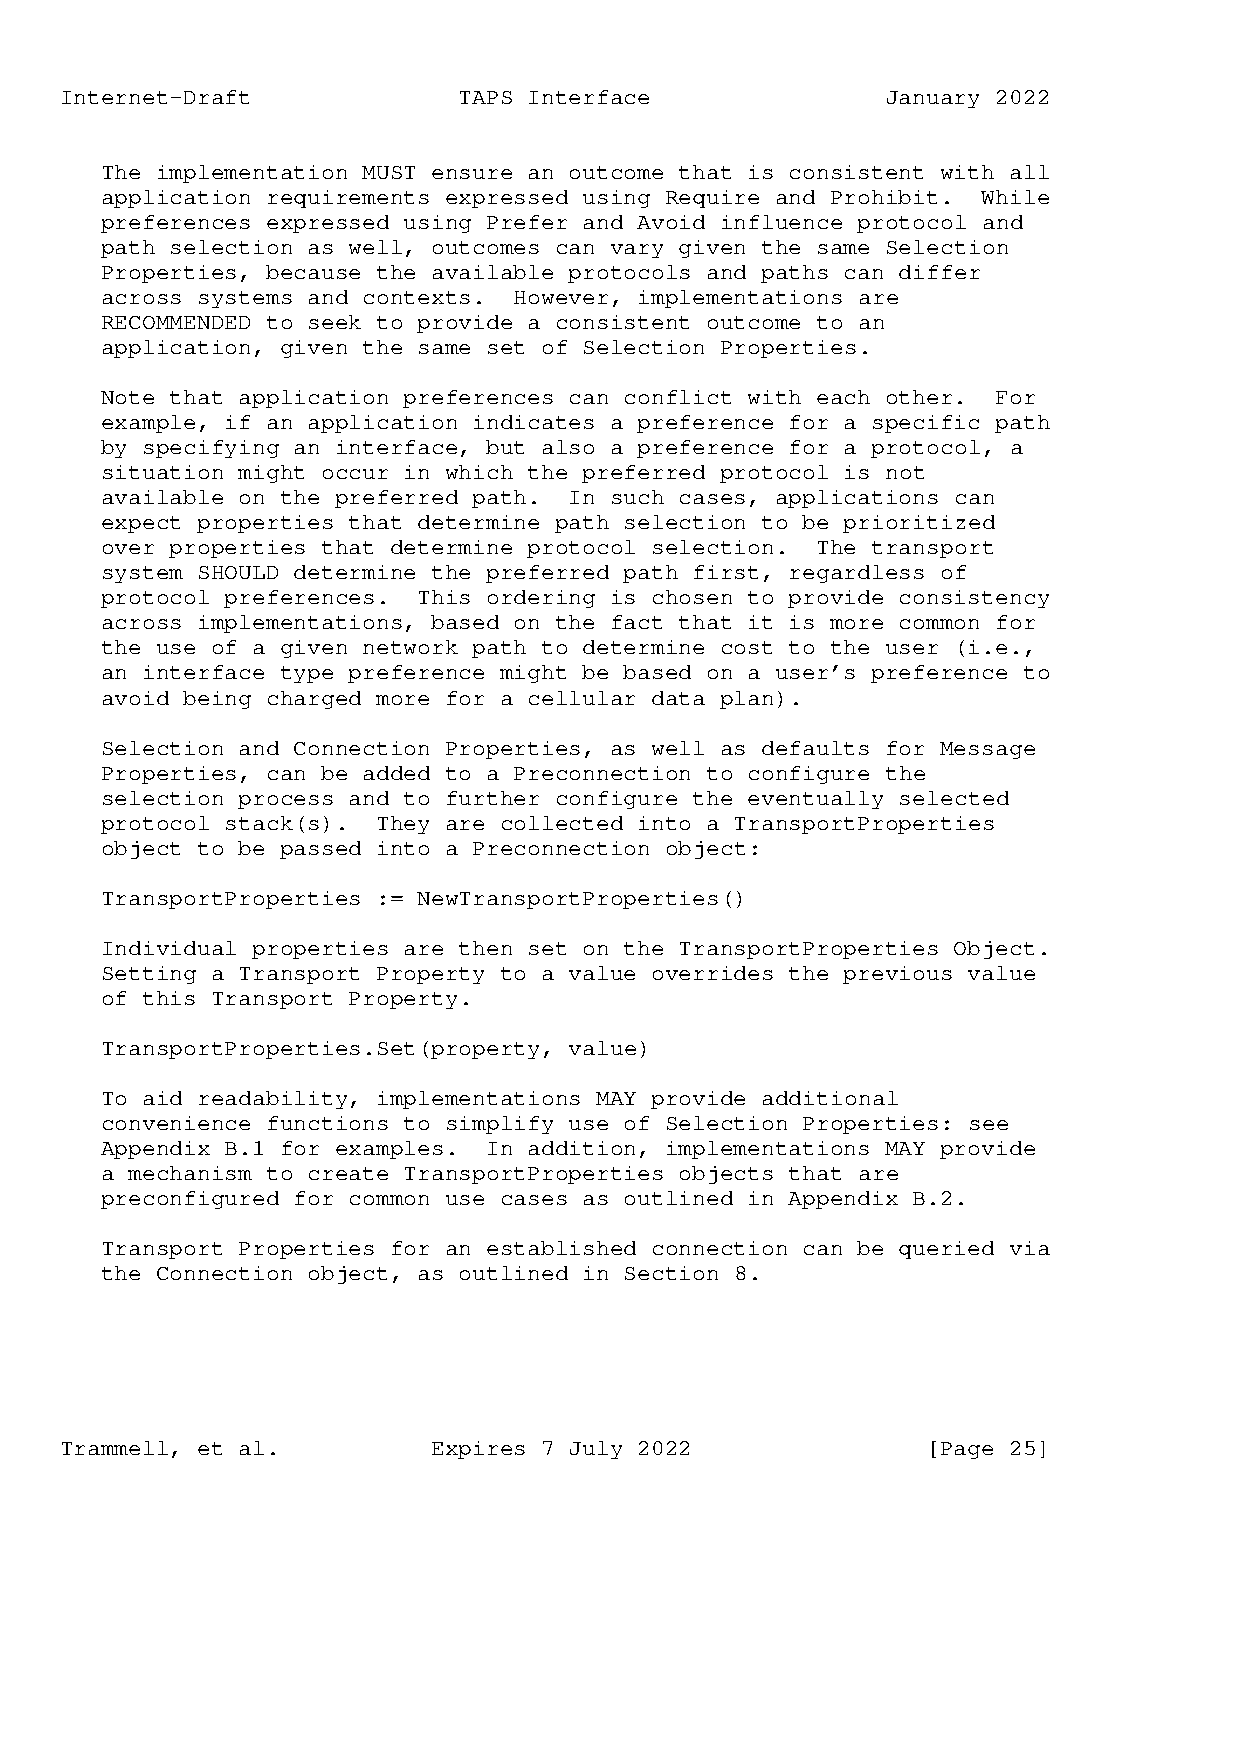
Internet-Draft            TAPS Interface               January 2022
 The implementation MUST ensure an outcome that is consistent with all
 application requirements expressed using Require and Prohibit. While
 preferences expressed using Prefer and Avoid influence protocol and
 path selection as well, outcomes can vary given the same Selection
 Properties, because the available protocols and paths can differ
 across systems and contexts. However, implementations are
 RECOMMENDED to seek to provide a consistent outcome to an
 application, given the same set of Selection Properties.
 Note that application preferences can conflict with each other. For
 example, if an application indicates a preference for a specific path
 by specifying an interface, but also a preference for a protocol, a
 situation might occur in which the preferred protocol is not
 available on the preferred path. In such cases, applications can
 expect properties that determine path selection to be prioritized
 over properties that determine protocol selection. The transport
 system SHOULD determine the preferred path first, regardless of
 protocol preferences. This ordering is chosen to provide consistency
 across implementations, based on the fact that it is more common for
 the use of a given network path to determine cost to the user (i.e.,
 an interface type preference might be based on a user’s preference to
 avoid being charged more for a cellular data plan).
 Selection and Connection Properties, as well as defaults for Message
 Properties, can be added to a Preconnection to configure the
 selection process and to further configure the eventually selected
 protocol stack(s). They are collected into a TransportProperties
 object to be passed into a Preconnection object:
 TransportProperties := NewTransportProperties()
 Individual properties are then set on the TransportProperties Object.
 Setting a Transport Property to a value overrides the previous value
 of this Transport Property.
 TransportProperties.Set(property, value)
 To aid readability, implementations MAY provide additional
 convenience functions to simplify use of Selection Properties: see
 Appendix B.1 for examples. In addition, implementations MAY provide
 a mechanism to create TransportProperties objects that are
 preconfigured for common use cases as outlined in Appendix B.2.
 Transport Properties for an established connection can be queried via
 the Connection object, as outlined in Section 8.
 Trammell, et al.         Expires 7 July 2022             [Page 25]